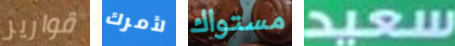
قوارير لأمرك مستواك سعيد